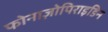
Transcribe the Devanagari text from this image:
फोनाज़ोपिराइडिन